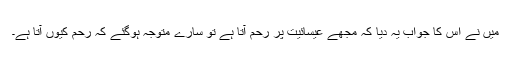
میں نے اس کا جواب یہ دیا کہ مجھے عیسائیت پر رحم آتا ہے تو سارے متوجہ ہوگئے کہ رحم کیوں آتا ہے۔